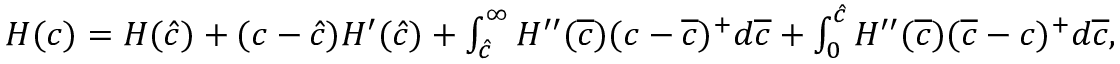
\begin{array} { r } { H ( c ) = H ( \hat { c } ) + ( c - \hat { c } ) H ^ { \prime } ( \hat { c } ) + \int _ { \hat { c } } ^ { \infty } H ^ { \prime \prime } ( \overline { { c } } ) ( c - \overline { { c } } ) ^ { + } d \overline { { c } } + \int _ { 0 } ^ { \hat { c } } H ^ { \prime \prime } ( \overline { { c } } ) ( \overline { { c } } - c ) ^ { + } d \overline { { c } } , } \end{array}